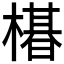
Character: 𬄛